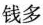
钱多